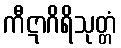
ကီဋာဂိရိသုတ္တံ